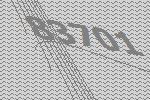
83701